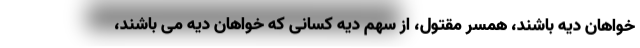
خواهان دیه باشند، همسر مقتول، از سهم دیه کسانی که خواهان دیه می باشند،